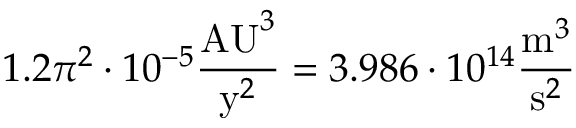
1 . 2 \pi ^ { 2 } \cdot 1 0 ^ { - 5 } { \frac { { \mathrm { A U } } ^ { 3 } } { { \mathrm { y } } ^ { 2 } } } = 3 . 9 8 6 \cdot 1 0 ^ { 1 4 } { \frac { { \mathrm { m } } ^ { 3 } } { { \mathrm { s } } ^ { 2 } } }